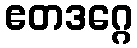
ဧတဒဂ္ဂေ